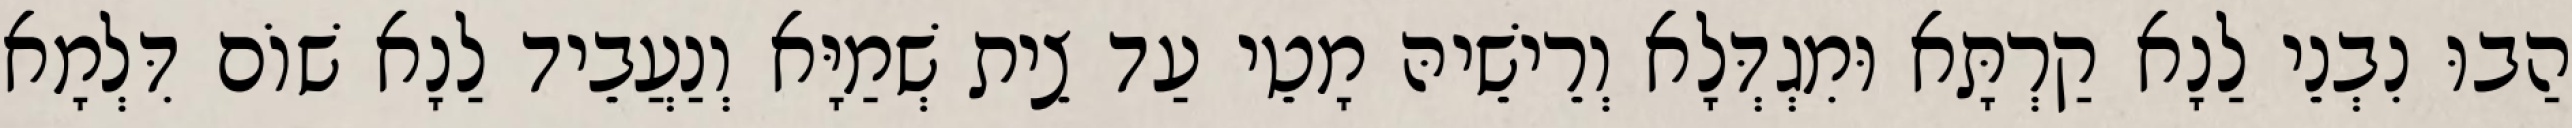
הַבוּ נִבְנֵי לַנָא קַרְתָּא וּמִגְדְּלָא וְרֵישֵׁיהּ מָטֵי עַד צֵית שְׁמַיָּא וְנַעֲבֵיד לַנָא שׁוֹם דִּלְמָא